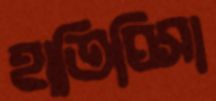
হাতিঘিসা